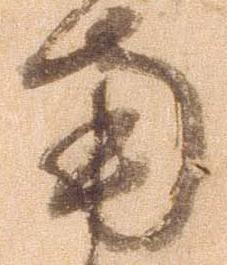
南